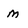
Character: m